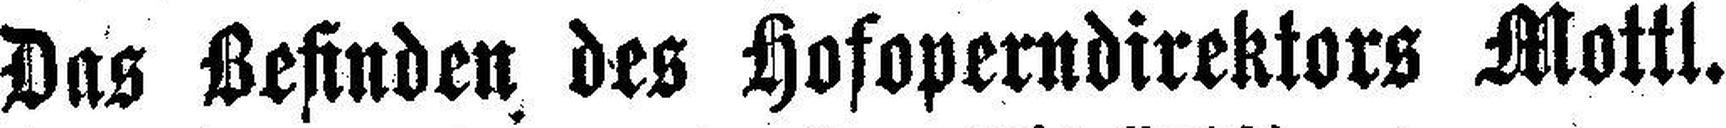
Das Befinden des Hofoperndirektors Mottl.